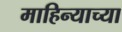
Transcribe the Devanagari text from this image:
माहिन्याच्या